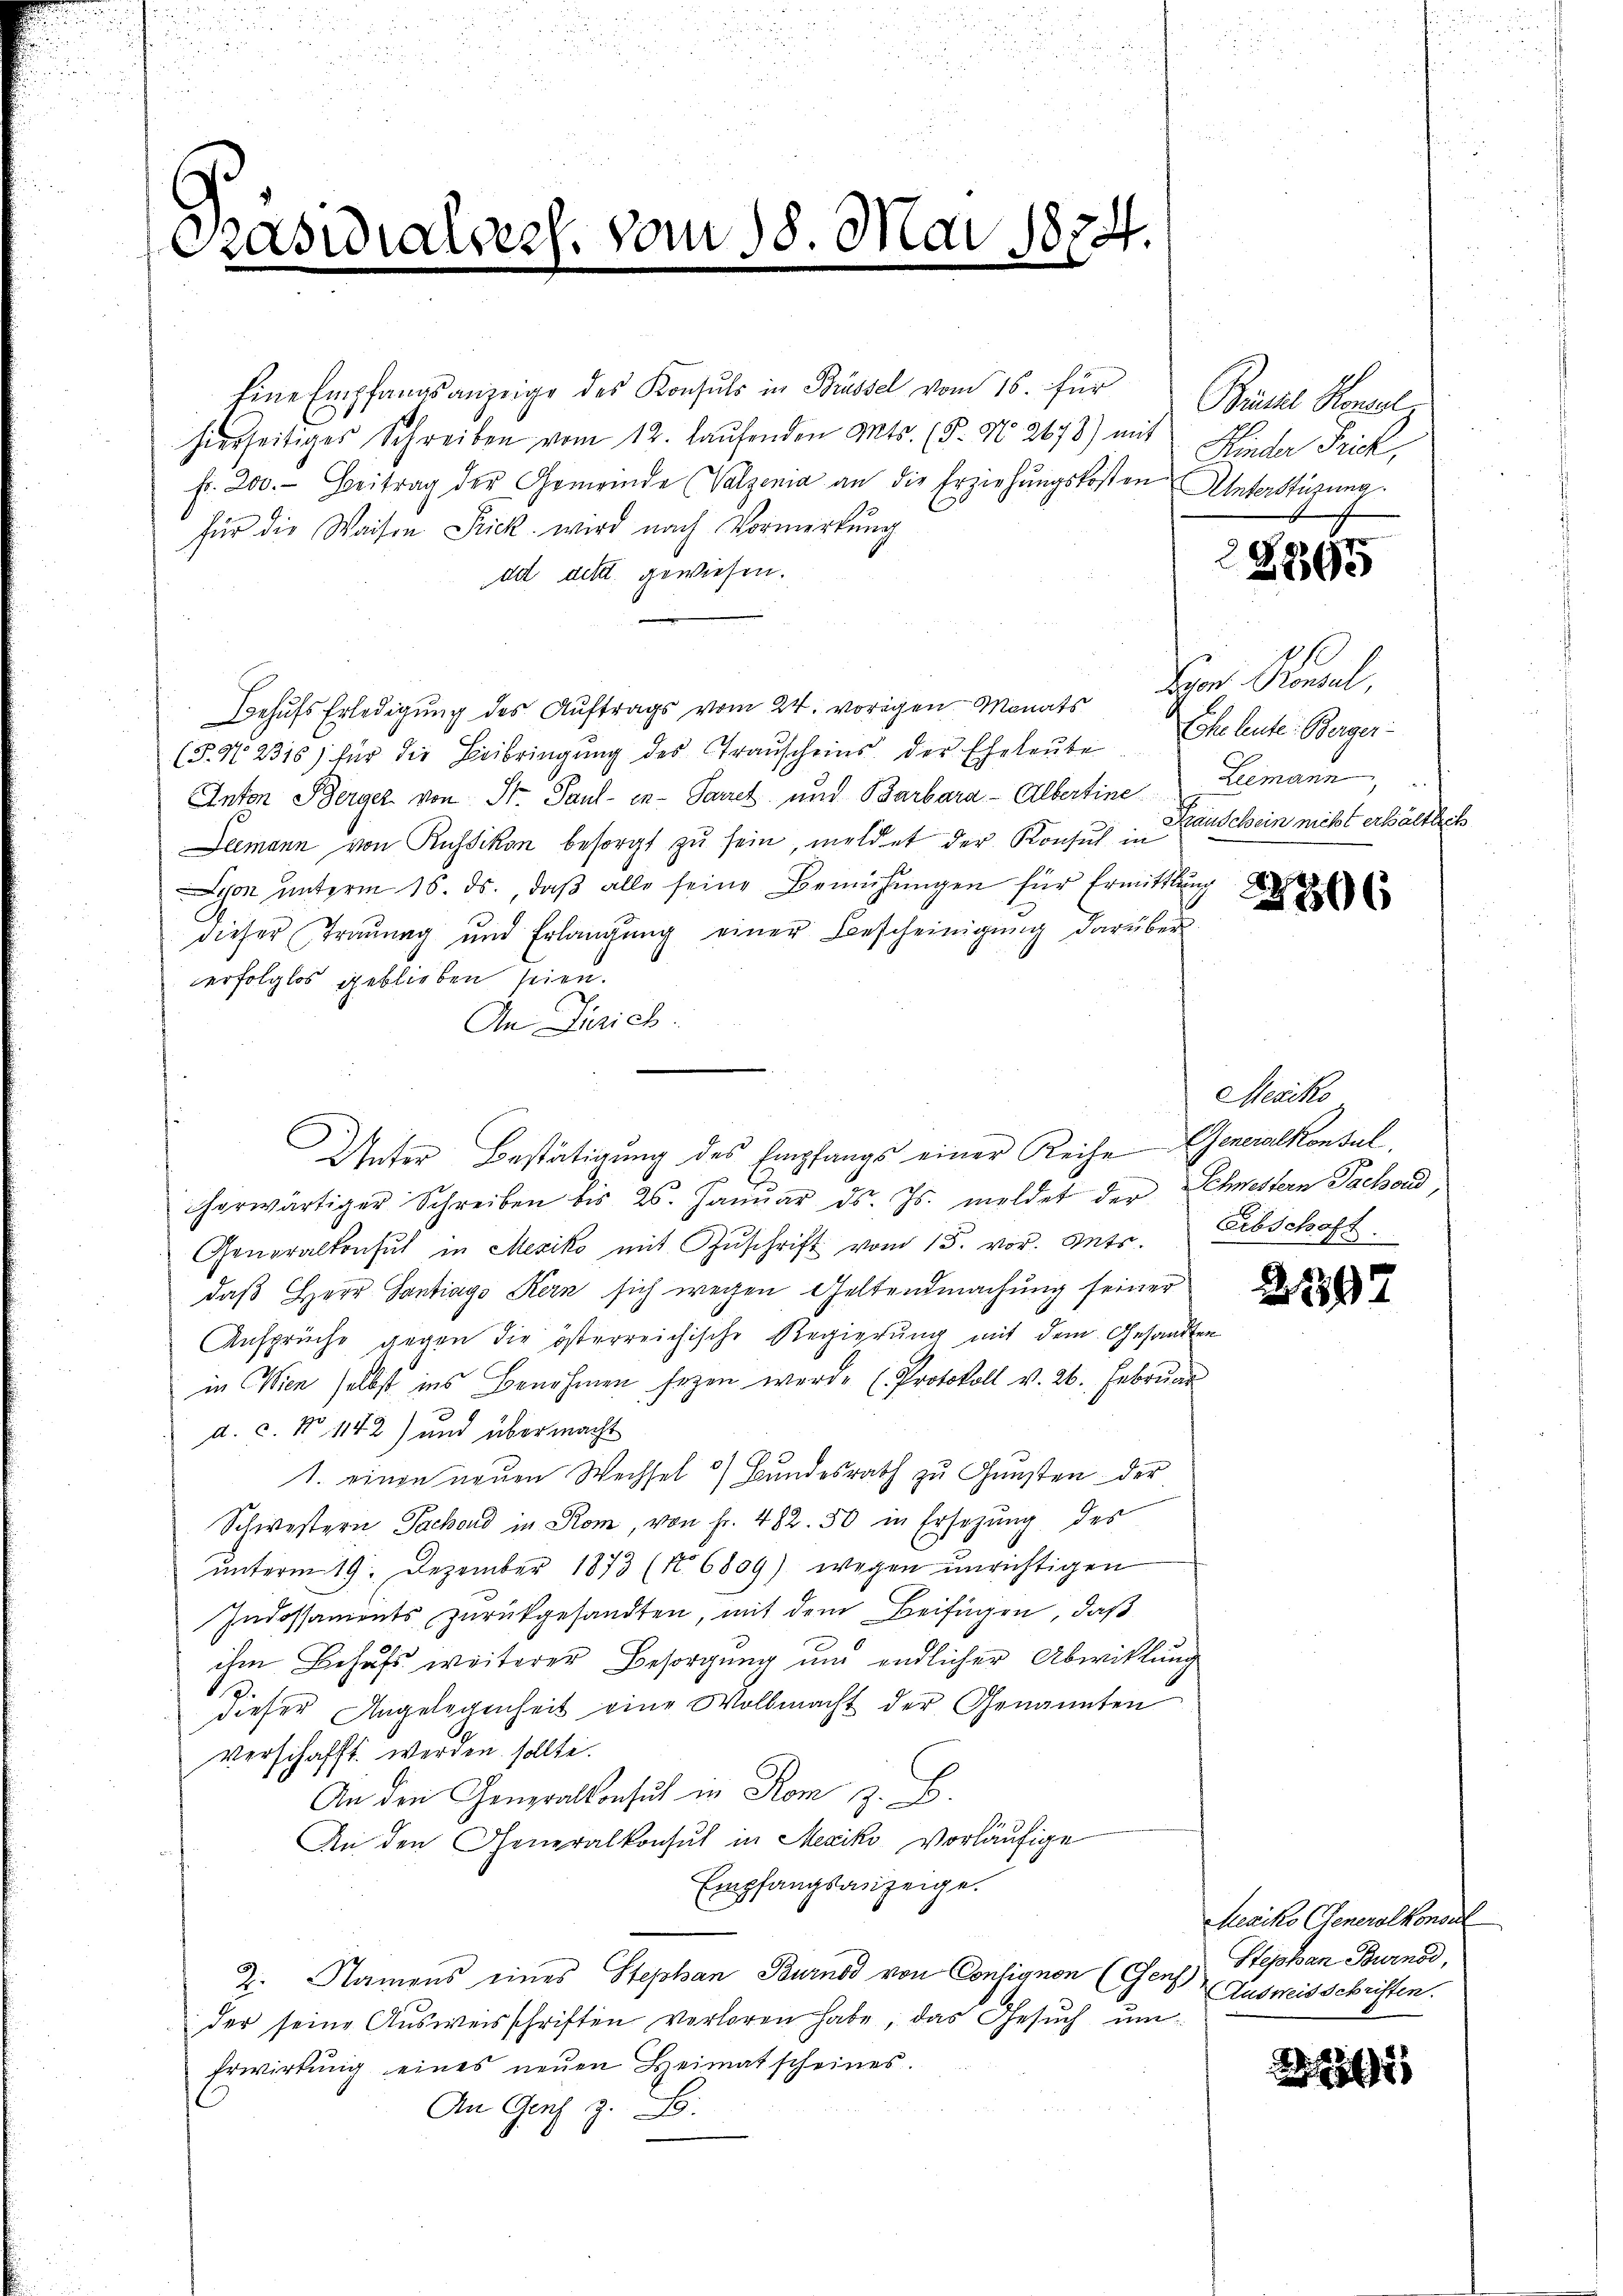
Präsidiales

Vom 18. Mai 1874.
.

Eine Empfangsanzeige des Konsuls in Brüssel vom 16. für
hierseitiges Schreiben vom 12. laufenden Mts. (§. No 2678) mit Hinder Frick,
fr. 200. Beitrag der Gemeinde (Valzenia an die Erziehungskosten Unterstüzung
für die Waisen Frick wird nach Vormerkŭng
ad dett gewiesen.
Behŭfs Erledigŭng des Aŭftrags vom 24. vorigen Monats Lyon Konsul,
(§. No. 2315) für die Beibringŭng des Transcheins der Eheleŭte Eheleute: Berger¬
Anton Berger von St. Paul - in Parret und Barbara - Albertine
Leemann von Russikon besorgt zu sein, meldet der Konsul in
Lison unterm 15. ds., daß alle seine Bemühungen für Ermittlung
dieser Traunag und Erlangŭng einer Bescheinigung darüber
erfolglos geblieben seien.
An Zürich.
cherwärtiger Schreiben bis 26. Janŭar d. Js. meldet der Schwestern Sachend
Generalkonsul in Mesiko mit Zŭschrift vom 15. vor. Mts. Erbschaft
daß Herr Santags Kern sich wegen Geltendmachung seiner
Ansprüche gegen die österreichische Regierung mit dem Gesandten
in Wien selbst ins Benehmen seyen werde (Protokoll v. 26. Februar
d. c. No 1142) und übermacht
1. einen neuen Wechsel 3 Bundesrath zu Gunsten der
Schwestern Sachend in Rom, von Fr. 482. 50 in Ersezung des
ŭnterm 19. Dezember 1873 (N. 6809) wegen ŭnrichtigen
Indossaments zurückgesandten, mit dem Beifügen, daß
ihm Behufs weiterer Besorgung und endlicher Abwicklung
dieser Angelegenheit eine Wollmacht der Genannten
verschafft werden sollte.
An den Generalkonsul in Rom z. B.
An den Generalkonsul in Mexiko vorläufige
Empfangsanzeige.
2. Namens eines Stephan Burnod von Consignon (Genf Ausweisschriften.
der seine Ausweisschriften verloren habe, das Gesuch um
Erwirkung eines neuen Heimatscheines.
An Genf z. B.

Unter Bestätigung des Empfangs einer Reihe Generalkonsul,

Biel Honel

2895

Leemann,
Rauschein nicht erhältlich
2266

Mesiko

2297

Leacko Generalkonsul
Stephan Burnod,

h